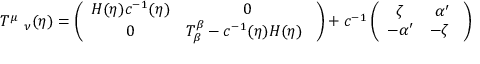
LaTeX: T ^ { \mu } \ _ { \nu } ( \eta ) = \left( \begin{array} { c c } { { H ( \eta ) c ^ { - 1 } ( \eta ) } } & { { 0 } } \\ { { 0 } } & { { T _ { \beta } ^ { \beta } - c ^ { - 1 } ( \eta ) H ( \eta ) \ } } \end{array} \right) + c ^ { - 1 } \left( \begin{array} { c c } { { \zeta } } & { { \alpha ^ { \prime } } } \\ { { - \alpha ^ { \prime } } } & { { - \zeta \ } } \end{array} \right)